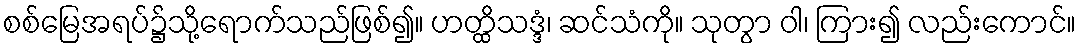
စစ်မြေအရပ်၌သို့ရောက်သည်ဖြစ်၍။ ဟတ္ထိသဒ္ဒံ၊ ဆင်သံကို။ သုတွာ ဝါ၊ ကြား၍ လည်းကောင်။